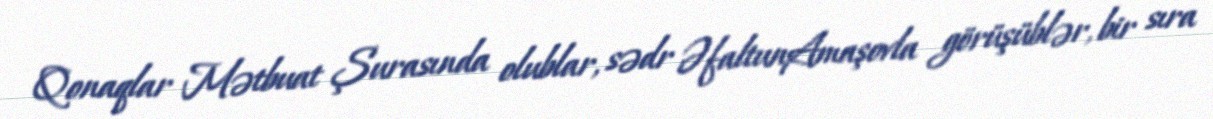
Qonaqlar Mətbuat Şurasında olublar, sədr ƏfaltunAmaşovla görüşüblər, bir sıra